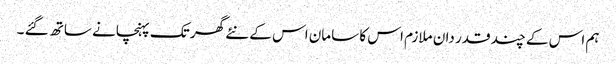
ہم اس کے چند قدر دان ملازم اس کا سامان اس کے نئے گھر تک پہنچانے ساتھ گئے ۔